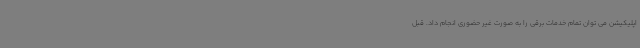
اپلیکیشن می توان تمام خدمات برقی را به صورت غیر حضوری انجام داد. قبل